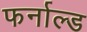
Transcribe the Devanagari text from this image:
फर्नाल्ड